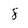
Character: 8